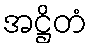
အဋ္ဌိတံ